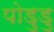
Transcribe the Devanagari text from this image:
पोड़ुडु